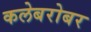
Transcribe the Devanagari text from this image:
कलेबरोबर